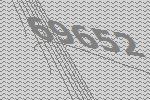
69652